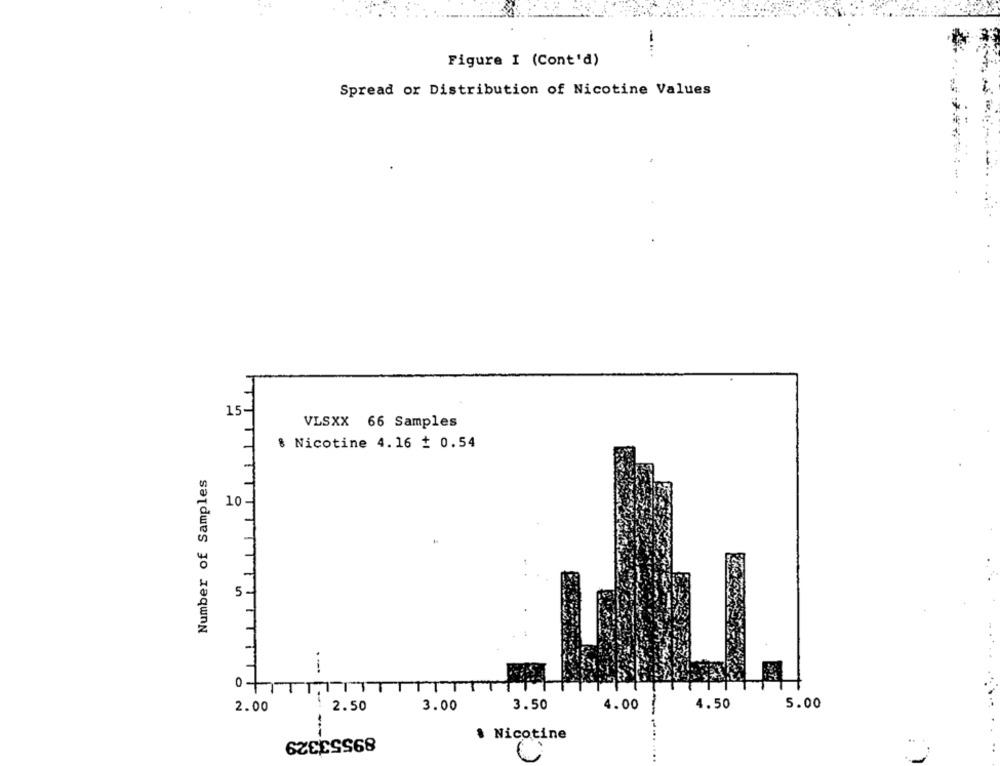
Figure I (Cont'd)
Spread or Distribution of Nicotine Values
15-
VLSXX 66 Samples
8 Nicotine 4.16 $ 0.54
Number of Samples
10.
5.
.-.
0
3.50
4.00
4.50
5.00
2.00
2.50
3.00
89553329
· Nicotine